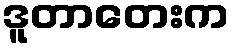
ဒူတာတေးက